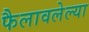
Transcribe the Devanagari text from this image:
फैलावलेल्या